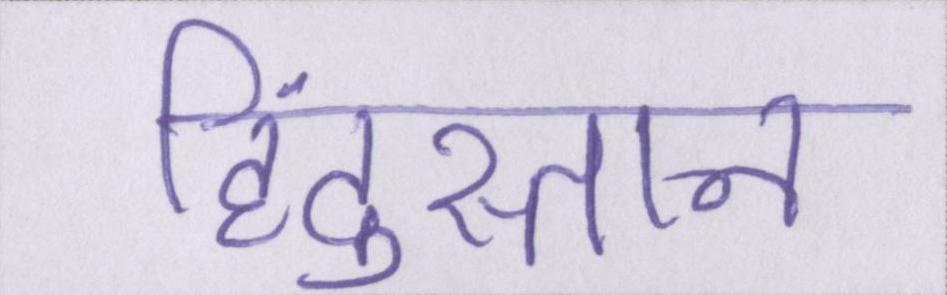
हिंदुस्तान